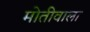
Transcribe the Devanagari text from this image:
मोतीवाला